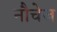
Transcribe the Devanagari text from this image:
नौचेज